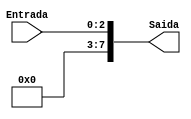
module ExtensorSinal38(Entrada, Saida);
input wire [2:0] Entrada;
output reg [7:0] Saida;
always @(*)begin
 Saida = Entrada;
end
endmodule